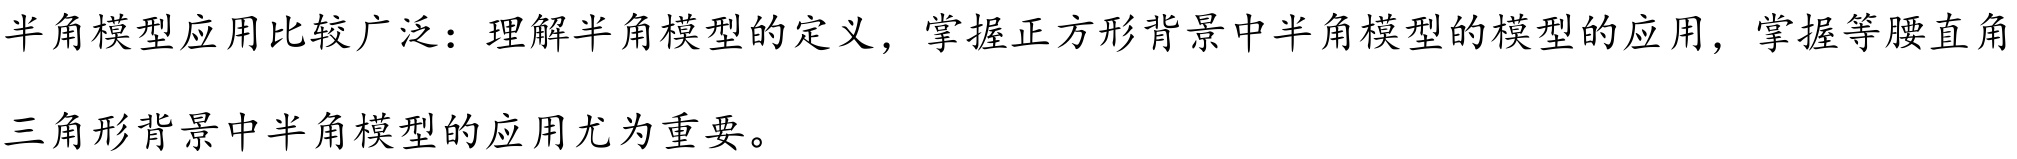
半角模型应用比较广泛：理解半角模型的定义，掌握正方形背景中半角模型的模型的应用，掌握等腰直角三角形背景中半角模型的应用尤为重要。